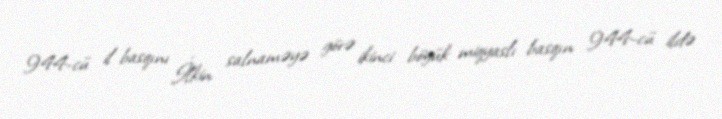
944-cü il basqını İlkin salnaməyə görə ikinci böyük miqyaslı basqın 944-cü ildə